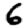
Digit: 6